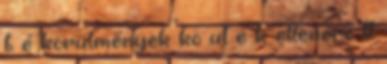
t é körülmények kö ül é k ellenére ll